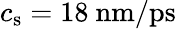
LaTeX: c_{\mathrm{s}}=18\ \textrm{nm/ps}